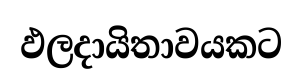
ඵලදායිතාවයකට